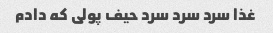
غذا سرد سرد سرد حیف پولی که دادم